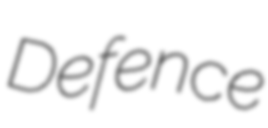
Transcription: Defence